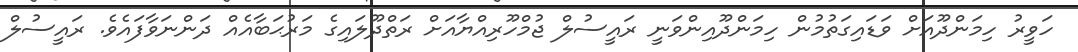
ހަވީރު ހިމަންދޫއަށް ވަޑައިގަތުމުން ހިމަންދޫއިންވަނީ ރައީސުލް ޖުމްހޫރިއްޔާއަށް ރަތްދޫލައިގެ މަރުޙަބާއެއް ދަންނަވާފައެވެ. ރައީސުލް